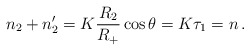
\begin{align*}n_2+n_2'=K\frac{R_2}{R_+}\cos\theta=K\tau_1=n\,.\end{align*}